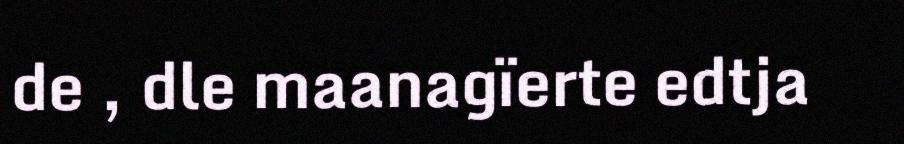
de , dle maanagïerte edtja